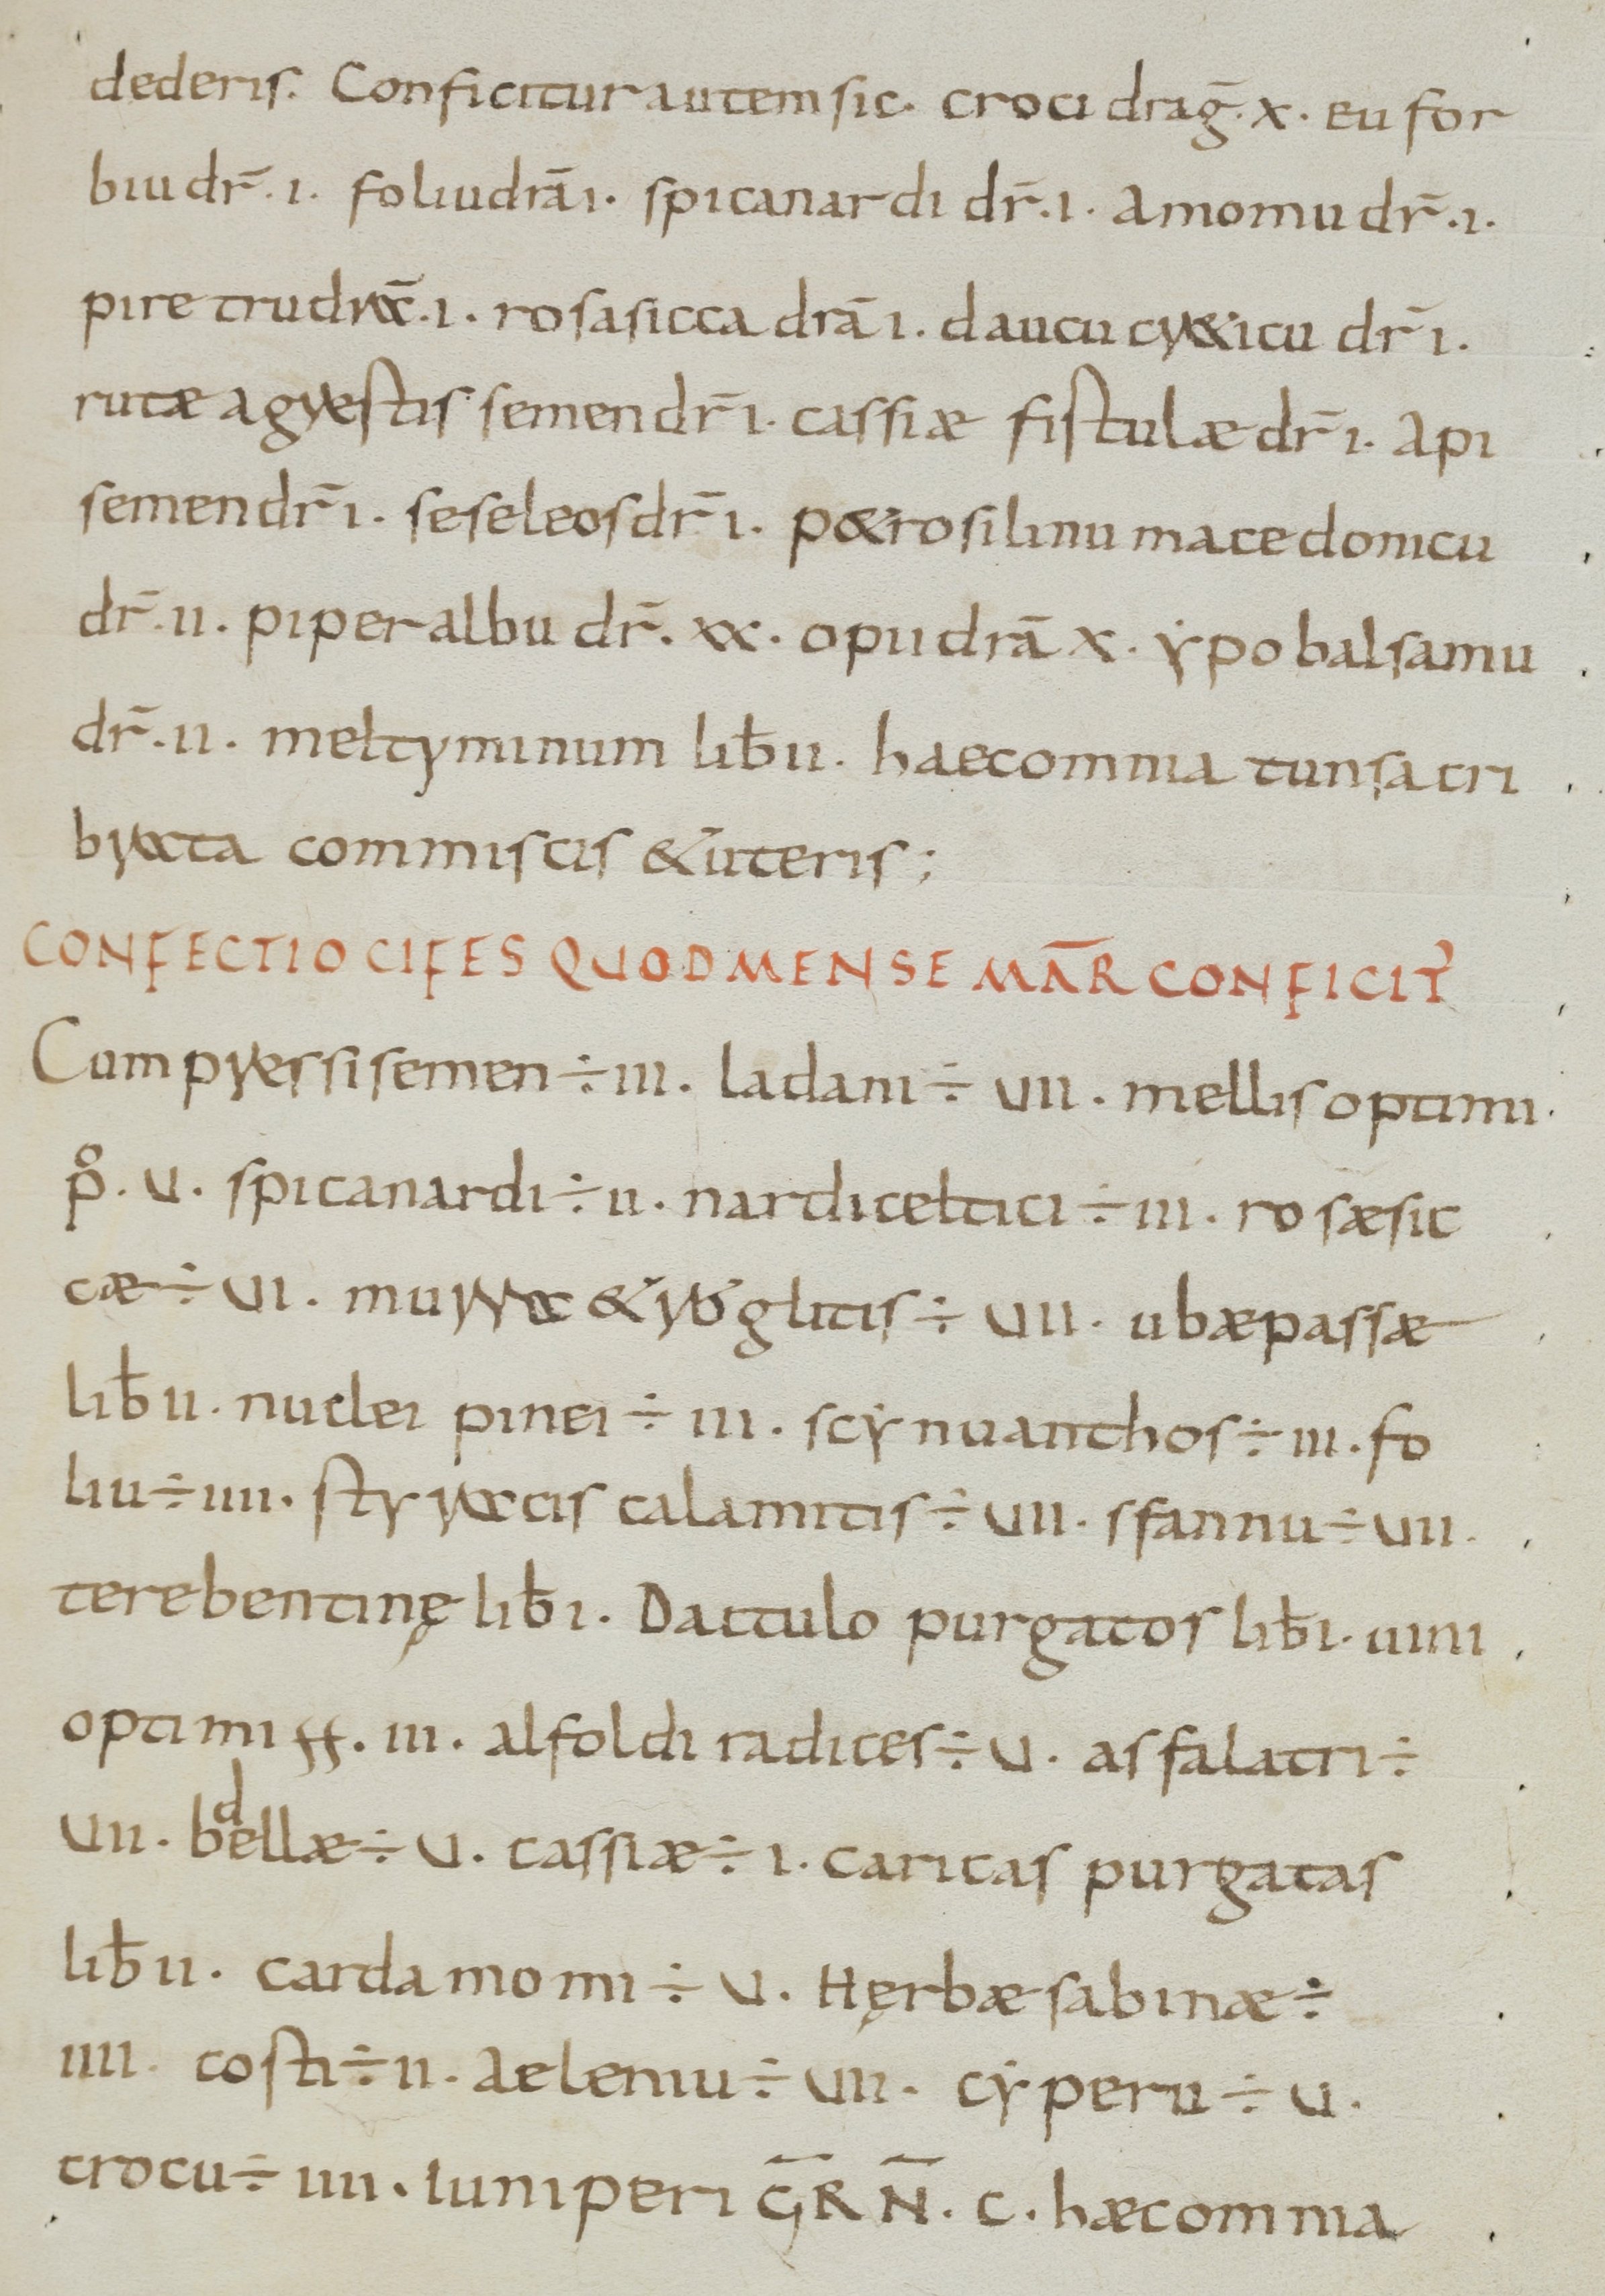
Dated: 800–849